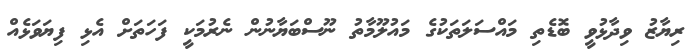
ރިޔާޒު ވިދާޅުވީ ބޮޑެތި މައްސަލަތަކުގެ މައުލޫމާތު ނޫސްބަޔާނުން ނެރުމަކީ ފަހަތަށް އެޅި ފިޔަވަޅެއް